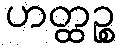
ဟတ္ထဉ္စ